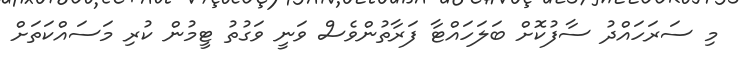
މި ސަރަހައްދު ސާފުކޮށް ބަލަހައްޓާ ފަރާތުންވެސް ވަނީ ވަގުތު ޓީމުން ކުރި މަސައްކަތަށް